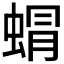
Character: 𮔙